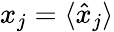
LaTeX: x_{j}=\langle{\hat{x}_{j}}\rangle